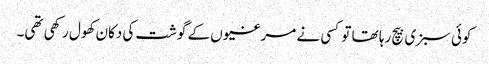
کوئی سبزی بیچ رہا تھا تو کسی نے مرغیوں کے گوشت کی دکان کھول رکھی تھی۔